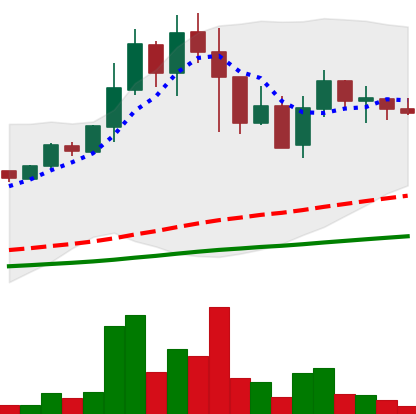
Ticker: DOGE-USD
Chart end date: 2021-05-18
Forward return: -35.295%
Label: down_7plus